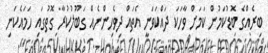
ބިރެއްގެ ބޮޑުކަމުން ކަމަށް ވާހަކަ ދައްކަވަނީ އެތައް ދިވެހިންނެއް ގަބޫލުކުރާ ގޮތުގައި ހަމައެކަނި